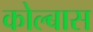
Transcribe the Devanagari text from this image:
कोल्बास